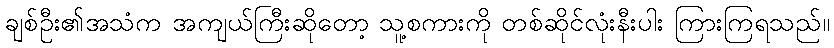
ချစ်ဦး၏အသံက အကျယ်ကြီးဆိုတော့ သူ့စကားကို တစ်ဆိုင်လုံးနီးပါး ကြားကြရသည်။